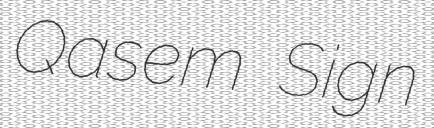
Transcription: Qasem Sign